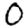
Digit: 0